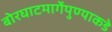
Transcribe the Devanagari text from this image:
बोरघाटमार्गेपुण्याकडे